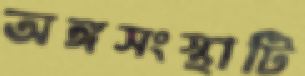
অঙ্গসংস্থাটি